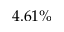
4 . 6 1 \%